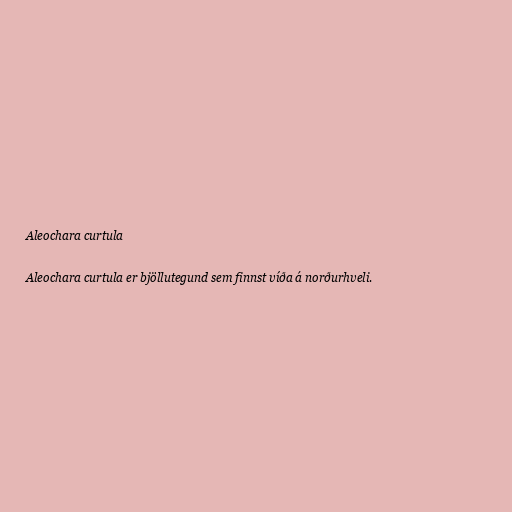
Aleochara curtula

Aleochara curtula er bjöllutegund sem finnst víða á norðurhveli.